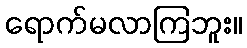
ရောက်မလာကြဘူး။